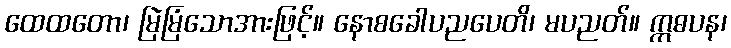
ထေထတော၊ မြဲမြံသောအားဖြင့်။ နောစခေါပညပေတိ၊ မပညတ်။ ဣဓပန၊